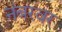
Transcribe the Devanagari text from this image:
नंबरवर